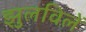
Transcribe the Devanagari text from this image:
झुलविलें